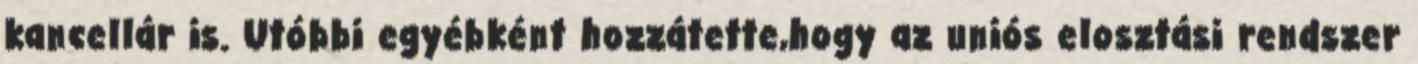
kancellár is. Utóbbi egyébként hozzátette,hogy az uniós elosztási rendszer